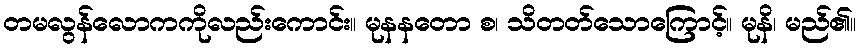
တမလွန်လောကကိုလည်းကောင်း။ မုနနတော စ၊ သိတတ်သောကြောင့်။ မုနိ၊ မည်၏။